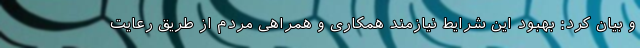
و بیان کرد: بهبود این شرایط نیازمند همکاری و همراهی مردم از طریق رعایت